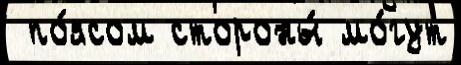
 по́ясом стороны́ мо́гут